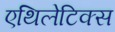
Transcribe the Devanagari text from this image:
एथिलेटिक्स